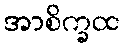
အာစိက္ခထ